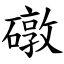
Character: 礅